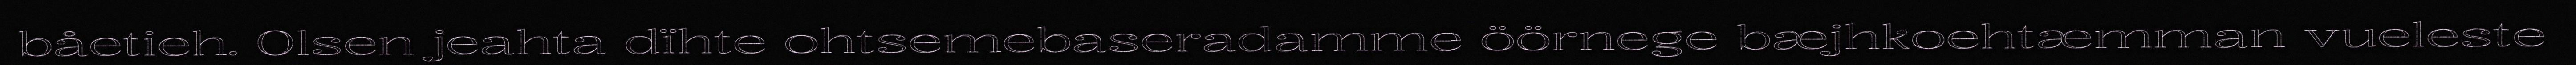
båetieh. Olsen jeahta dïhte ohtsemebaseradamme öörnege bæjhkoehtæmman vueleste